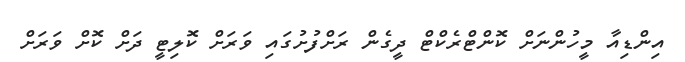
އިންޑިއާ މީހުންނަށް ކޮންޓްރެކްޓް ދީގެން ރަށްފުށުގައި ވަރަށް ކޮލިޓީ ދަށް ކޮށް ވަރަށް